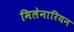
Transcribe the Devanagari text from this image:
मिलेनारियन